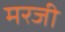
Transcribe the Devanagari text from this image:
मरजी